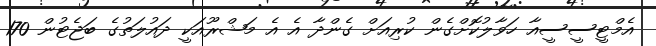
އެމްޓީސީސީއާ ހަވާލުކޮށްގެން ކުރިއަށް ގެންދާ އެ އެ މަޝްރޫއަކީ ދައުލަތުގެ ބަޖެޓުން 170